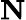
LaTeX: \textbf{N}